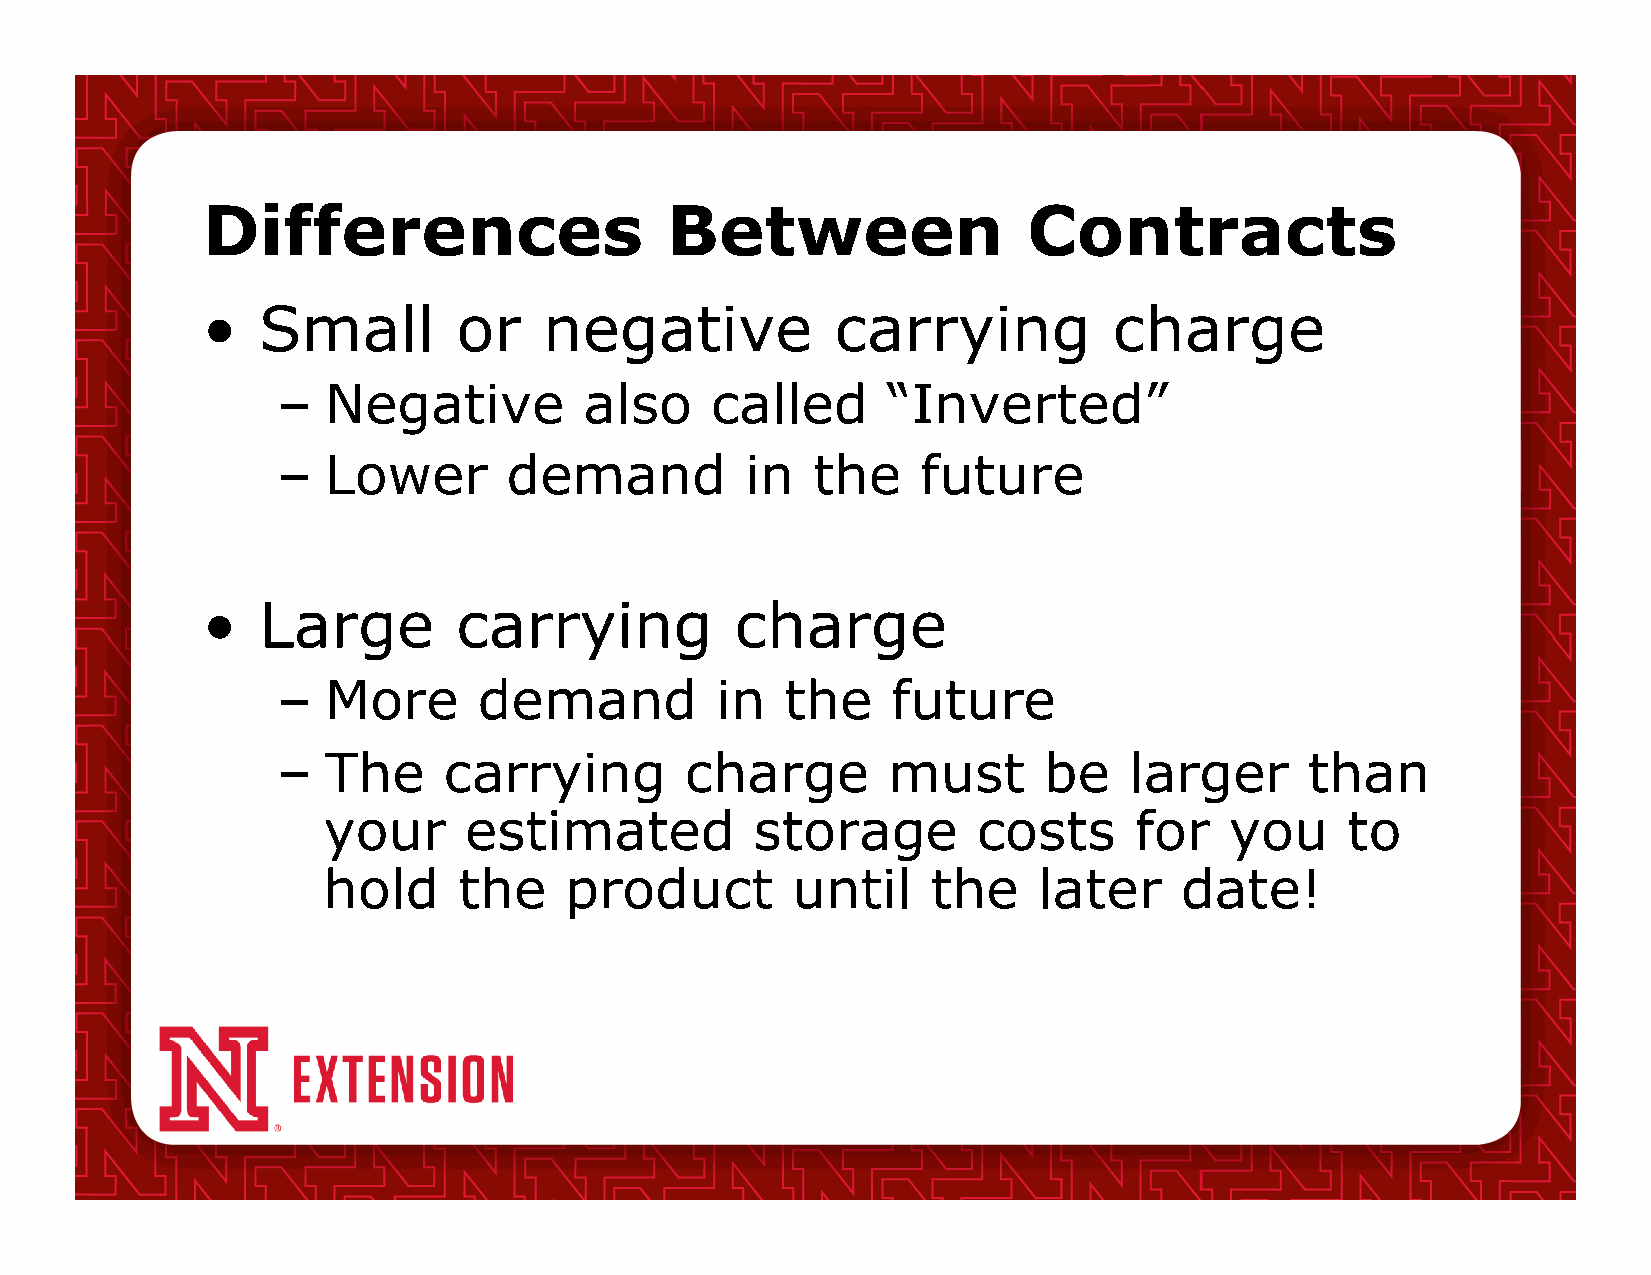
Differences                    Between                 Contracts
 •   Small        or    negative           carrying           charge
 –  Negative          also    called      “Inverted”
 –  Lower        demand         in   the    future
 •   Large        carrying           charge
 –  More       demand         in   the    future
 –  The     carrying        charge        must      be    larger      than
 your      estimated          storage        costs     for   you     to
 hold     the    product        until     the    later    date!